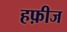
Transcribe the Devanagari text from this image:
हफ़ीज